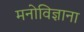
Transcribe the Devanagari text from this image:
मनोविज्ञाना